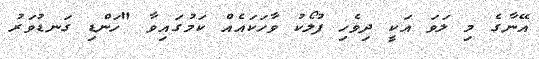
އޭނާގެ މި ލަވަ އަކީ ދިވެހި ފުލޯކު ވާހަކައެއް ކަމުގައިވާ "ހަންޑި ގަނޑުވަރު